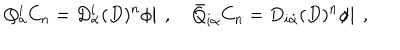
Q _ { a } ^ { i } C _ { n } = \left. D _ { \alpha } ^ { i } ( D ) ^ { n } { \phi } \right| \ , \quad { \bar { Q } } _ { i { \dot { \alpha } } } C _ { n } = \left. D _ { i { \dot { \alpha } } } ( D ) ^ { n } { \phi } \right| \ ,